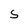
Character: S